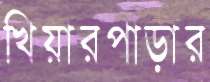
খিয়ারপাড়ার